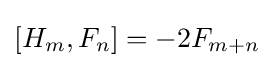
[H_{m},F_{n}]=-2F_{m+n}